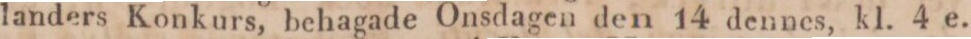
landers Konkurs, behagade Onsdagen den 14 dennes, kl. 4 e.